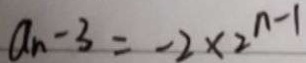
a _ { n } - 3 = - 2 \times 2 ^ { n - 1 }